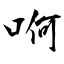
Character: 哬